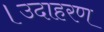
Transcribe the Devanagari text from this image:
।उदाहरण